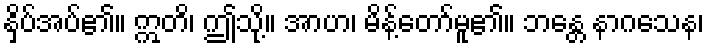
နှိပ်အပ်၏။ ဣတိ၊ ဤသို့။ အာဟ၊ မိန့်တော်မူ၏။ ဘန္တေ နာဂသေန၊